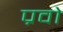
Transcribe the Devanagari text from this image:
प्रवो